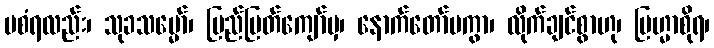
မစံရလည်း၊ သုခသမ္မော်၊ ပြည်မြတ်ကျော်မှ၊ နောက်တော်မကွာ၊ လိုက်ချင်စွာဟု၊ ဗြဟ္မာစိုရ၊